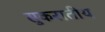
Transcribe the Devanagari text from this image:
सुकरातीय